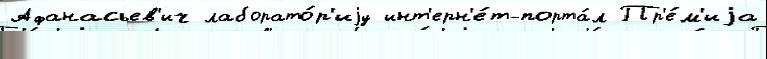
Афанасьев'ич лаборато́р'иjу инт'ерн'е́т-порта́л Пр'е́м'иjа